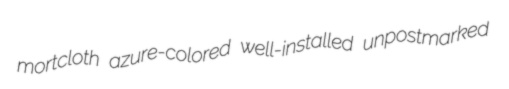
mortcloth azure-colored well-installed unpostmarked